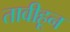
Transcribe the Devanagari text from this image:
तावीहून